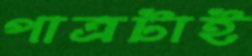
পাত্রটাই